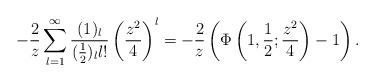
LaTeX: \begin{align*}-\frac{2}{z}\sum_{l=1}^\infty \frac{(1)_l}{(\frac 12)_l l!}\left( \frac{z^2}{4}\right)^l = -\frac{2}{z}\left( \Phi\left(1,\frac 12;\frac{z^2}{4}\right)-1\right).\end{align*}